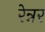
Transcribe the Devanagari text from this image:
रेन्नर